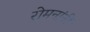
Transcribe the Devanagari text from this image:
रोमनांनीं